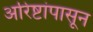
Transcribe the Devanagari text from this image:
अरिष्टांपासून